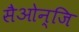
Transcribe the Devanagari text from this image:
सैओन्जि